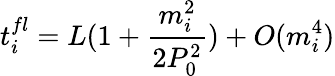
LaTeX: t_{i}^{fl}=L(1+\frac{m_{i}^{2}}{2P_{0}^{2}})+O(m_{i}^{4})